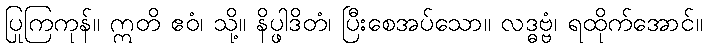
ပြုကြကုန်။ ဣတိ ဧဝံ၊ သို့။ နိပ္ဖါဒိတံ၊ ပြီးစေအပ်သော။ လဒ္ဓဗ္ဗံ၊ ရထိုက်အောင်။